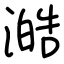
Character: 澔